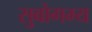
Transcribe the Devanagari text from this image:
सुबोगम्य